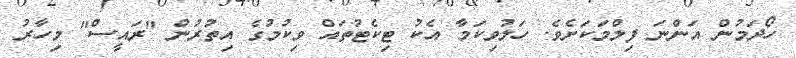
ހޯދަމުން އަންނަ ފިލްމަކަށެވެ. ހަލުވިކަމާ އެކު ޓިކެޓުތައް ވިކުމުގެ އިތުރުން "ރައީސް" މިހާރު